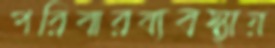
পরিবারব্যবস্থায়